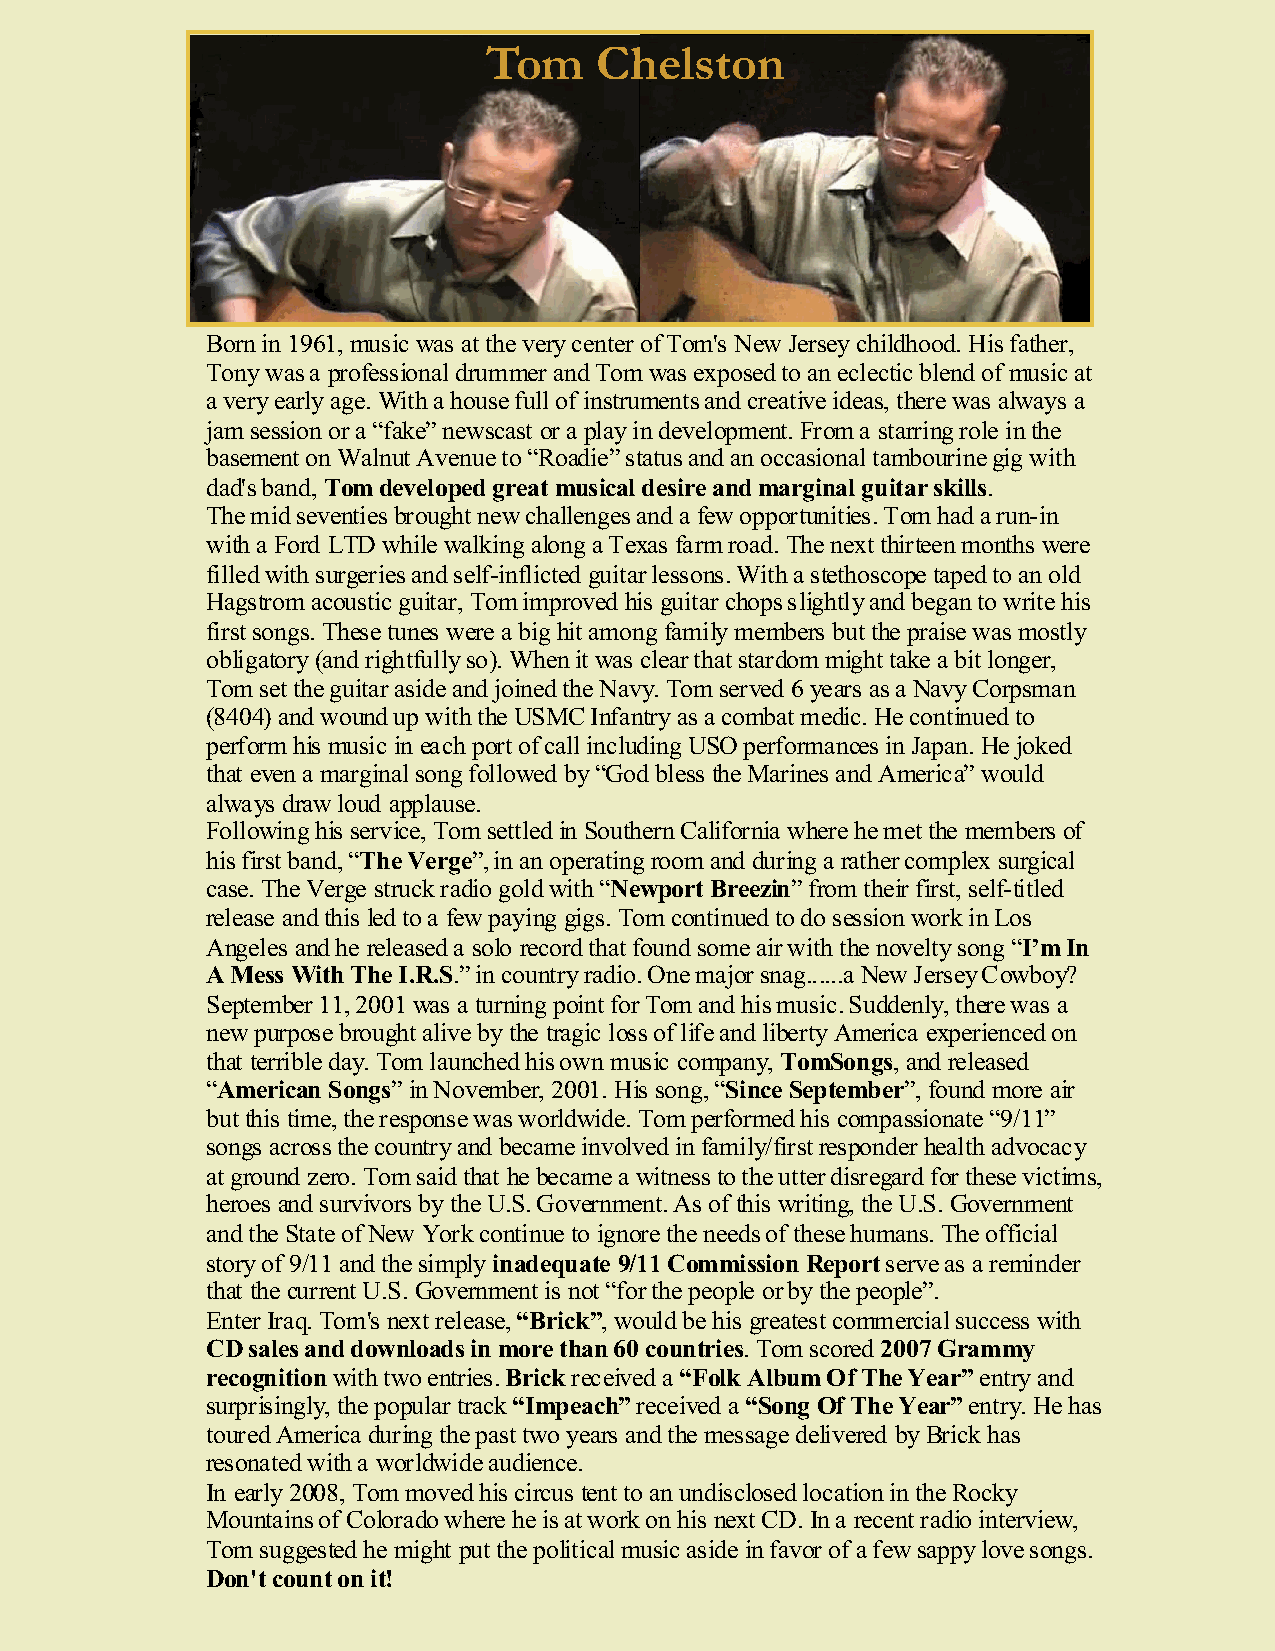
Tom     Chelston
 Born in 1961, music was at the very center of Tom's New Jersey childhood. His father,
 Tony was a professional drummer and Tom was exposed to an eclectic blend of music at
 a very early age. With a house full of instruments and creative ideas, there was always a
 jam session or a “fake” newscast or a play in development. From a starring role in the
 basement on Walnut Avenue to “Roadie” status and an occasional tambourine gig with
 dad's band, Tom developed great musical desire and marginal guitar skills.
 Tom     Chelston
 The mid seventies brought new challenges and a few opportunities. Tom had a run-in
 with a Ford LTD while walking along a Texas farm road. The next thirteen months were
 filled with surgeries and self-inflicted guitar lessons. With a stethoscope taped to an old
 Hagstrom acoustic guitar, Tom improved his guitar chops slightly and began to write his
 first songs. These tunes were a big hit among family members but the praise was mostly
 obligatory (and rightfully so). When it was clear that stardom might take a bit longer,
 Tom set the guitar aside and joined the Navy. Tom served 6 years as a Navy Corpsman
 (8404) and wound up with the USMC Infantry as a combat medic. He continued to
 perform his music in each port of call including USO performances in Japan. He joked
 that even a marginal song followed by “God bless the Marines and America” would
 always draw loud applause.
 Following his service, Tom settled in Southern California where he met the members of
 his first band, “The Verge”, in an operating room and during a rather complex surgical
 case. The Verge struck radio gold with “Newport Breezin” from their first, self-titled
 release and this led to a few paying gigs. Tom continued to do session work in Los
 Angeles and he released a solo record that found some air with the novelty song “I’m In
 A Mess With The I.R.S.” in country radio. One major snag......a New Jersey Cowboy?
 September 11, 2001 was a turning point for Tom and his music. Suddenly, there was a
 new purpose brought alive by the tragic loss of life and liberty America experienced on
 that terrible day. Tom launched his own music company, TomSongs, and released
 “American Songs” in November, 2001. His song, “Since September”, found more air
 but this time, the response was worldwide. Tom performed his compassionate “9/11”
 songs across the country and became involved in family/first responder health advocacy
 at ground zero. Tom said that he became a witness to the utter disregard for these victims,
 heroes and survivors by the U.S. Government. As of this writing, the U.S. Government
 and the State of New York continue to ignore the needs of these humans. The official
 story of 9/11 and the simply inadequate 9/11 Commission Report serve as a reminder
 that the current U.S. Government is not “for the people or by the people”.
 Enter Iraq. Tom's next release, “Brick”, would be his greatest commercial success with
 CD sales and downloads in more than 60 countries. Tom scored 2007 Grammy
 recognition with two entries. Brick received a “Folk Album Of The Year” entry and
 surprisingly, the popular track “Impeach” received a “Song Of The Year” entry. He has
 toured America during the past two years and the message delivered by Brick has
 resonated with a worldwide audience.
 In early 2008, Tom moved his circus tent to an undisclosed location in the Rocky
 Mountains of Colorado where he is at work on his next CD. In a recent radio interview,
 Tom suggested he might put the political music aside in favor of a few sappy love songs.
 Don't count on it!